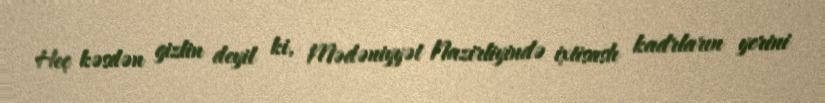
Heç kəsdən gizlin deyil ki, Mədəniyyət Nazirliyində ixtisaslı kadrların yerini